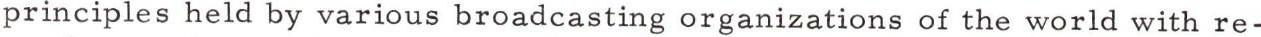
principles held by various broadcasting organizations of the world with re-